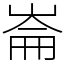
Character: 崙